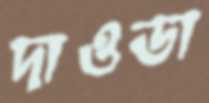
দাওডা